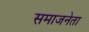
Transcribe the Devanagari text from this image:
समाजनेता